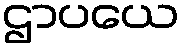
ဌာပယေ